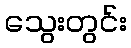
သွေးတွင်း